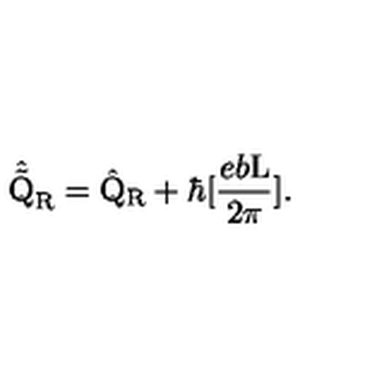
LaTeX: \hat { \tilde { \mathrm { Q } } } _ { \mathrm { R } } = \hat { \mathrm { Q } } _ { \mathrm { R } } + \hbar [ \frac { e b \mathrm { L } } { 2 \pi } ] .